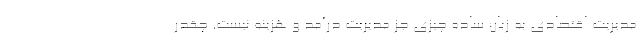
مدیریت اقتصادی به زبان ساده چیزی جز مدیریت درآمد و هزینه نیست. چقدر